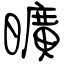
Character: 曠